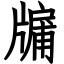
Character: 牖